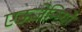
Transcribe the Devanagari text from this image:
एऊजेनियो